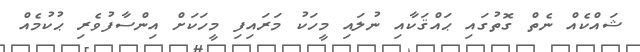
ޝައްކެއް ނެތް ގޮތުގައި ޙައްޤަކާއި ނުލައި މީހަކު މަރައިފި މީހަކަށް އިންސާފުވެރި ޙުކުމެއް